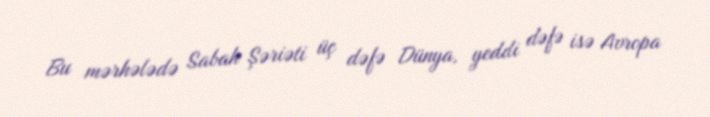
Bu mərhələdə Sabah Şəriəti üç dəfə Dünya, yeddi dəfə isə Avropa